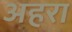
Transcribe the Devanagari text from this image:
अहरा